Annual administration report of the Civil Veterinary Department of India - 1904-1905
Year: 1904
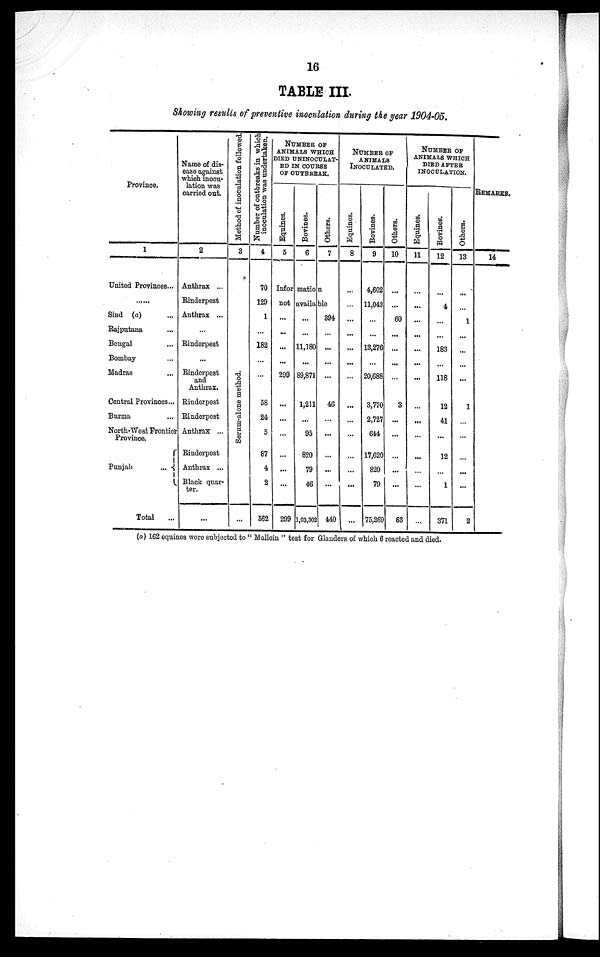
16
TABLE III.
Showing results of preventive inoculation during the year 1904-05.
Province.
1
United Provinces...
......
Sind (a) ...
Rajputaua ...
Bengal ...
Bombay ...
Madras ...
Central Provinces ...
Burma ...
North-West Frontier
Province.
Punjab
...
Total
...
Name of dis-
ease against
which inocu-
lation was
carried out.
2
Anthrax ...
Rinderpest
Anthrax ...
...
Rinderpest
...
Rinderpest
and
Anthrax.
Rinderpest
Rinderpest
Anthrax ...
Rinderpest
Anthrax ...
Black quar¬
ter.
...
Method of inoculation followed.
3
Serum-alone method.
...
Number of outbreaks in which
inoculation was undertaken.
4
70
129
1
...
182
...
...
58
24
5
87
4
2
562
NUMBER OF
ANIMALS WHICH
DIED UNINOCULAT¬
ED IN COURSE
OF OUTBREAK.
Equines.
5
Bovines.
6
Others.
7
Infor mation
not available
...
...
...
...
299
...
...
...
...
...
...
299
...
...
11,180
...
89,871
1,211
...
95
820
79
46
1,03,30
394
...
...
...
...
46
...
...
...
...
...
2 440
NUMBER OF
ANIMALS
INOCULATED.
Equines.
8
...
...
...
...
...
...
...
...
...
...
...
...
...
...
Bovines.
9
4,602
11,043
...
...
13,276
...
20,688
3,770
2,727
644
17,620
820
79
75,269
Others.
10
...
...
60
...
...
...
...
3
...
...
...
...
...
63
NUMBER OF
ANIMALS WHICH
DIED AFTER
INOCULATION.
Equines.
11
...
...
...
...
...
...
...
...
...
...
...
...
...
Bovines.
12
...
4
...
...
183
...
118
12
41
...
12
...
1
371
Others.
13
...
...
1
...
...
...
...
1
...
...
...
...
...
2
REMARKS.
14
(a) 162 equines were subjected to " Mallein " test for Glanders of which 6 reacted and died.